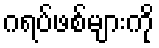
ဂရပ်ဖစ်များကို